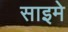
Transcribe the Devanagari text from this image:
साइमे